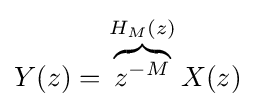
Y(z)=\overbrace {z^{-M}} ^{H_{M}(z)}X(z)